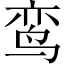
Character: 鸾